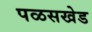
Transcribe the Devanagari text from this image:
पळसखेड